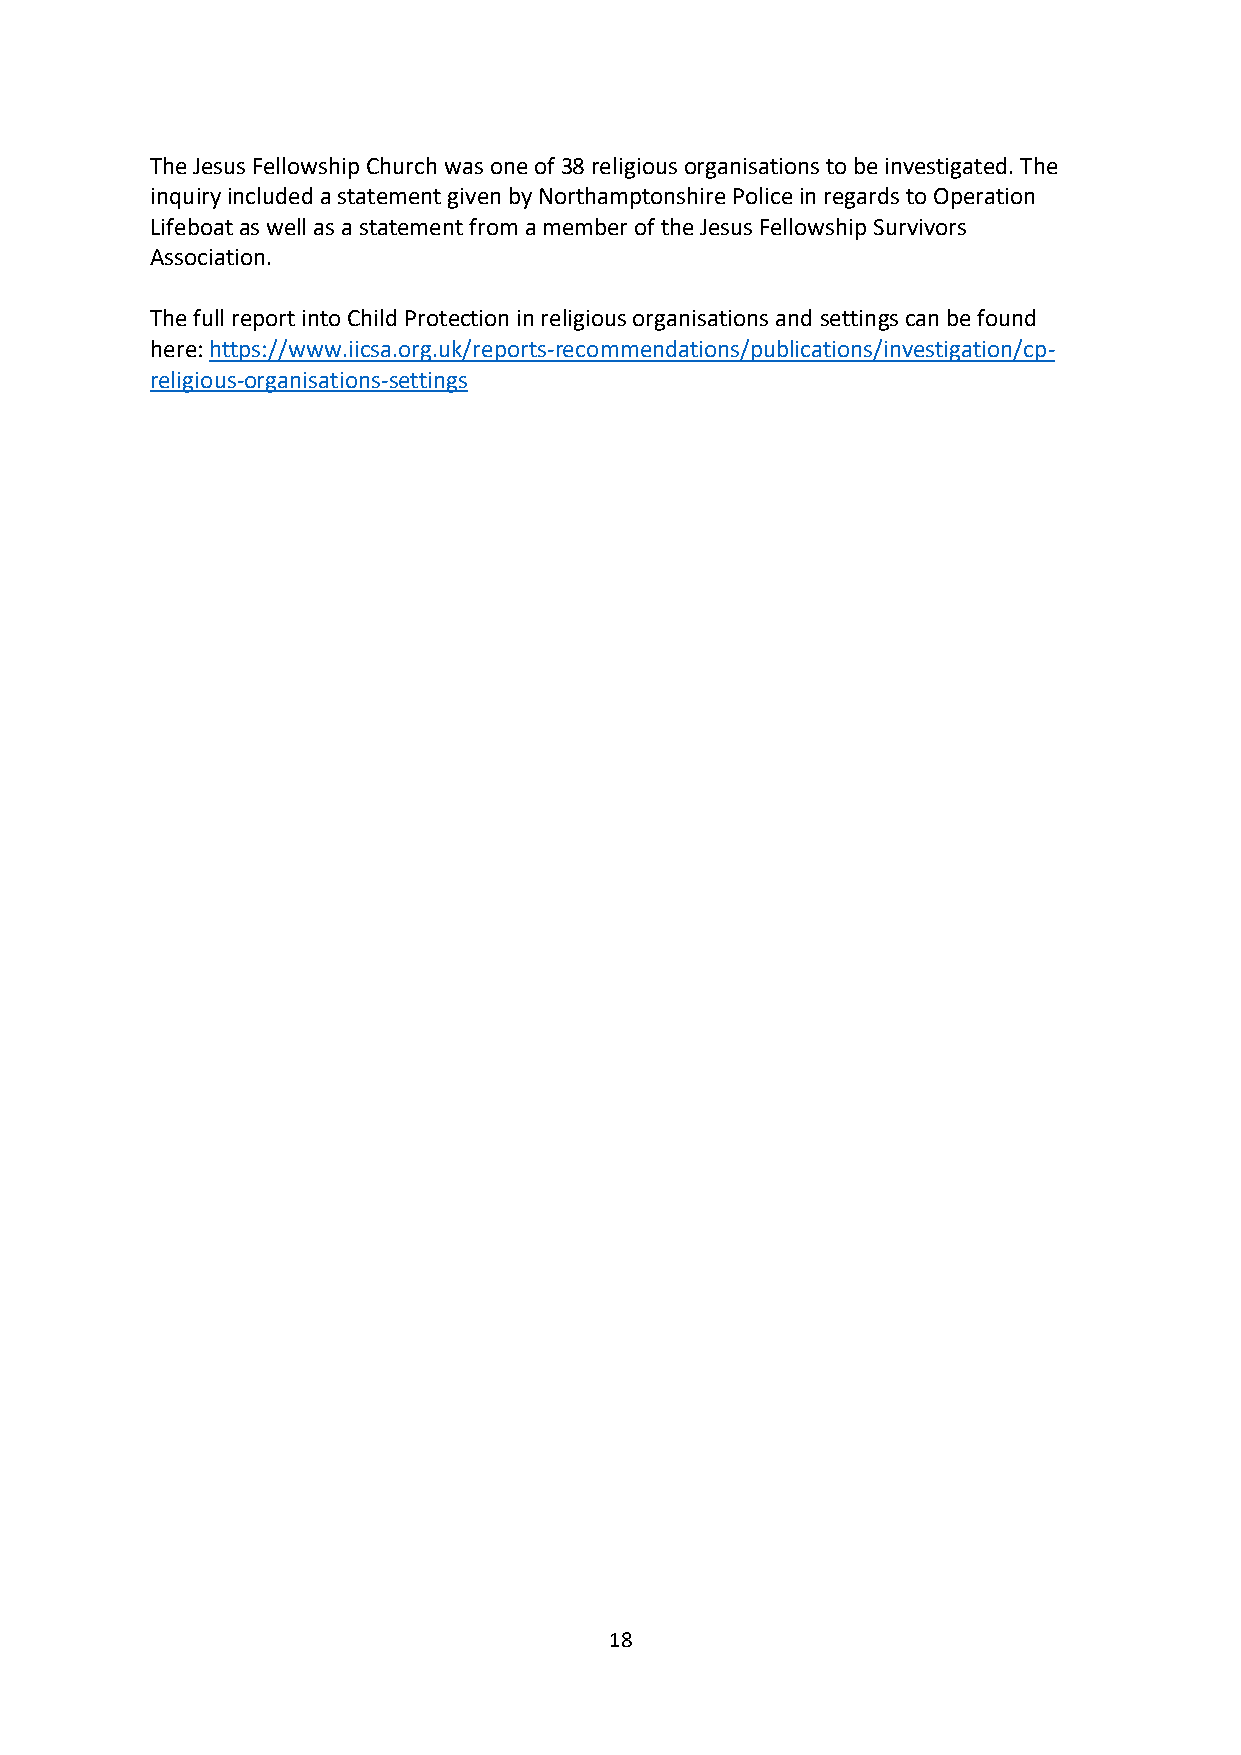
The Jesus Fellowship Church was one of 38 religious organisations to be investigated. The
 inquiry included a statement given by Northamptonshire Police in regards to Operation
 Lifeboat as well as a statement from a member of the Jesus Fellowship Survivors
 Association.
 The full report into Child Protection in religious organisations and settings can be found
 here: https://www.iicsa.org.uk/reports-recommendations/publications/investigation/cp-
 religious-organisations-settings
 18